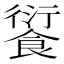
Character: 𩜾